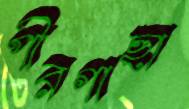
পীরগাছা